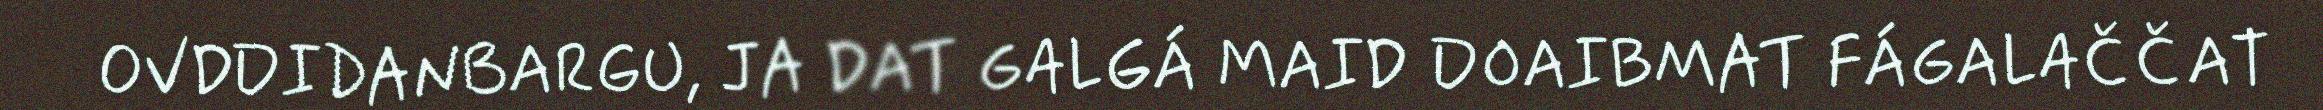
OVDDIDANBARGU, JA DAT GALGÁ MAID DOAIBMAT FÁGALAČČAT